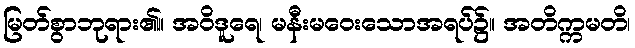
မြတ်စွာဘုရား၏။ အဝိဒူရေ၊ မနီးမဝေးသောအရပ်၌။ အတိက္ကမတိ၊